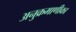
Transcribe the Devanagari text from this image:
अनुक्रमाणीका